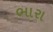
ભારા